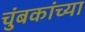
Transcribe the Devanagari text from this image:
चुंबकांच्या